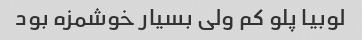
لوبیا پلو کم ولی بسیار خوشمزه بود